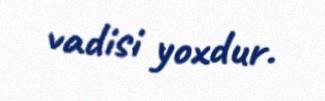
vadisi yoxdur.